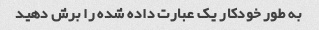
به طور خودکار یک عبارت داده شده را برش دهید